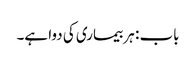
باب : ہر بیماری کی دوا ہے۔